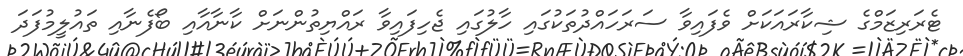
ޓެރަރިޒަމްގެ ޝިކާރައަކަށް ވެފައިވާ ސަރަހައްދުތަކުގައި ހާލުގައި ޖެހިފައިވާ ރައްޔިތުންނަށް ކާނާއާއި ބޯފެނާއި ތައުލީމުފަދަ